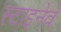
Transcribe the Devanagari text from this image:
स्टाइनेवे